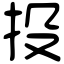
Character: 投